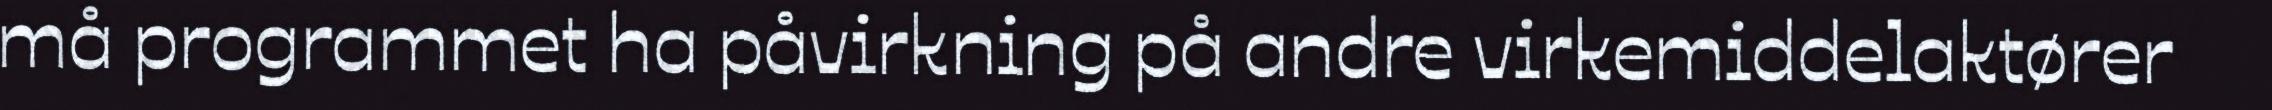
må programmet ha påvirkning på andre virkemiddelaktører